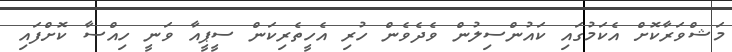
މަޝްވަރާކޮށް އެކަމުގައި ކައުންސިލުން ވެދެވެން ހުރި އެހީތެރިކަން ސީޕީއާ ވަނީ ހިއްސާ ކޮށްފައި